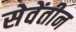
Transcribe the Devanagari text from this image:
सेवेंतीन